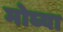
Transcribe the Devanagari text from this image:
मोघ्या